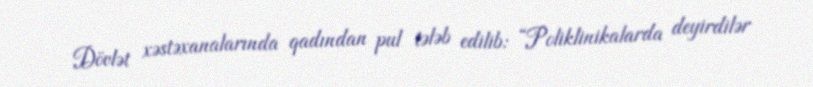
Dövlət xəstəxanalarında qadından pul tələb edilib: “Poliklinikalarda deyirdilər